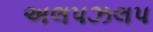
અલપઝલપ